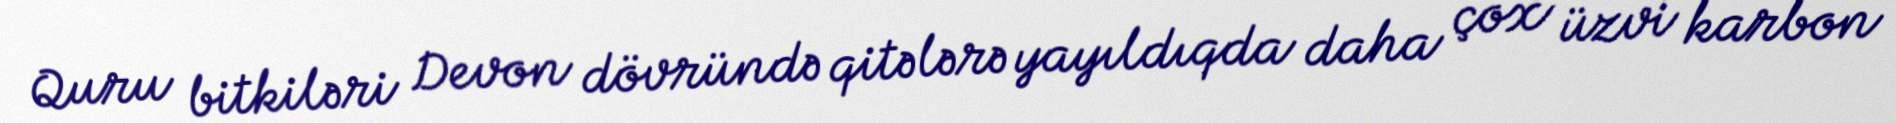
Quru bitkiləri Devon dövründə qitələrə yayıldıqda daha çox üzvi karbon